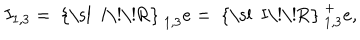
LaTeX: I _ { 1 , 3 } = \mathrm { ~ { \ s l ~ I \! \! R } ~ } _ { 1 , 3 } e = \mathrm { ~ { \ s l ~ I \! \! R } ~ } _ { 1 , 3 } ^ { + } e ,